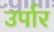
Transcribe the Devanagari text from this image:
उर्पार